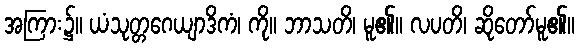
အကြား၌။ ယံသုတ္တဂေယျာဒိကံ၊ ကို။ ဘာသတိ၊ မူ၏။ လပတိ၊ ဆိုတော်မူ၏။